Scottish Leaving Certificate Examination, 1957
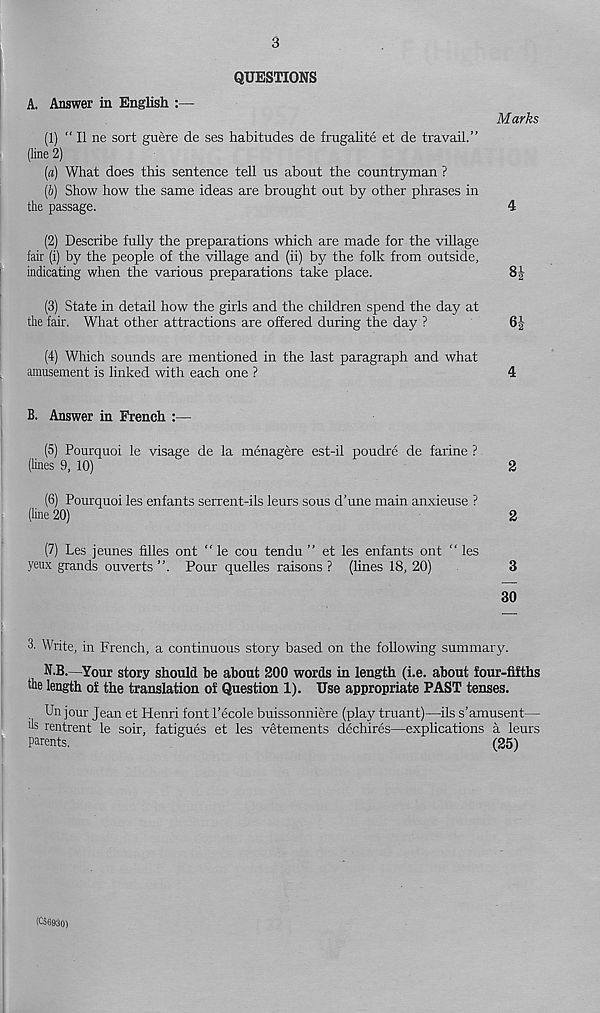
3
QUESTIONS
A. Answer in English
Marks
(1) “ II ne sort guere de ses habitudes de frugalite et de travail.”
(line 2)
(a) What does this sentence tell us about the countryman ?
(b) Show how the same ideas are brought out by other phrases in
the passage.
4
(2) Describe fully the preparations which are made for the village
fair (i) by the people of the village and (ii) by the folk from outside,
indicating when the various preparations take place.
SJ
(3) State in detail how the girls and the children spend the day at
the fair. What other attractions are offered during the day ?
6|
(4) Which sounds are mentioned in the last paragraph and what
amusement is linked with each one ?
4
B. Answer in French :—
(5) Pourquoi le visage de la menagere est-il poudre de farine ?
(lines 9, 10)
2
(6) Pourquoi les enfants serrent-ils leurs sous d’une main anxieuse ?
(line 20)
2
(7) Les jeunes filles ont “ le cou tendu ” et les enfants ont “ les
yeux grands ouverts ”. Pour quelles raisons? (lines 18, 20)
3
30
3. Write, in French, a continuous story based on the following summary.
N.B.—Your story should be about 200 words in length (i.e. about four-fifths
the length of the translation of Question 1). Use appropriate PAST tenses.
Un jour Jean et Henri font I’ecole buissonniere (play truant)—ils s’amusent—
hs rentrent le soir, fatigues et les v^tements dechires—explications a leurs
Parents.
(25)
(CS6930)